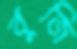
বুজি